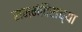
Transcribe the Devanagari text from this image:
राममंदिराच्या